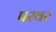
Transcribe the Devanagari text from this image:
परवर